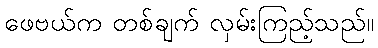
ဖေဗယ်က တစ်ချက် လှမ်းကြည့်သည်။